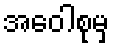
အဝေါစုမှ